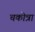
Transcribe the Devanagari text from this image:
चकोत्रा